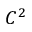
C ^ { 2 }